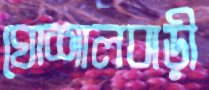
ঘোশালবাড়ী